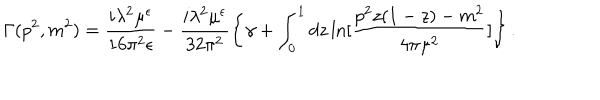
\Gamma ( p ^ { 2 } , m ^ { 2 } ) = \frac { i \lambda ^ { 2 } \mu ^ { \epsilon } } { 1 6 \pi ^ { 2 } \epsilon } - \frac { i \lambda ^ { 2 } \mu ^ { \epsilon } } { 3 2 \pi ^ { 2 } } \left\{ \gamma + \int _ { 0 } ^ { 1 } d z \ln [ \frac { p ^ { 2 } z ( 1 - z ) - m ^ { 2 } } { 4 \pi \mu ^ { 2 } } ] \right\} .